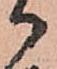
御